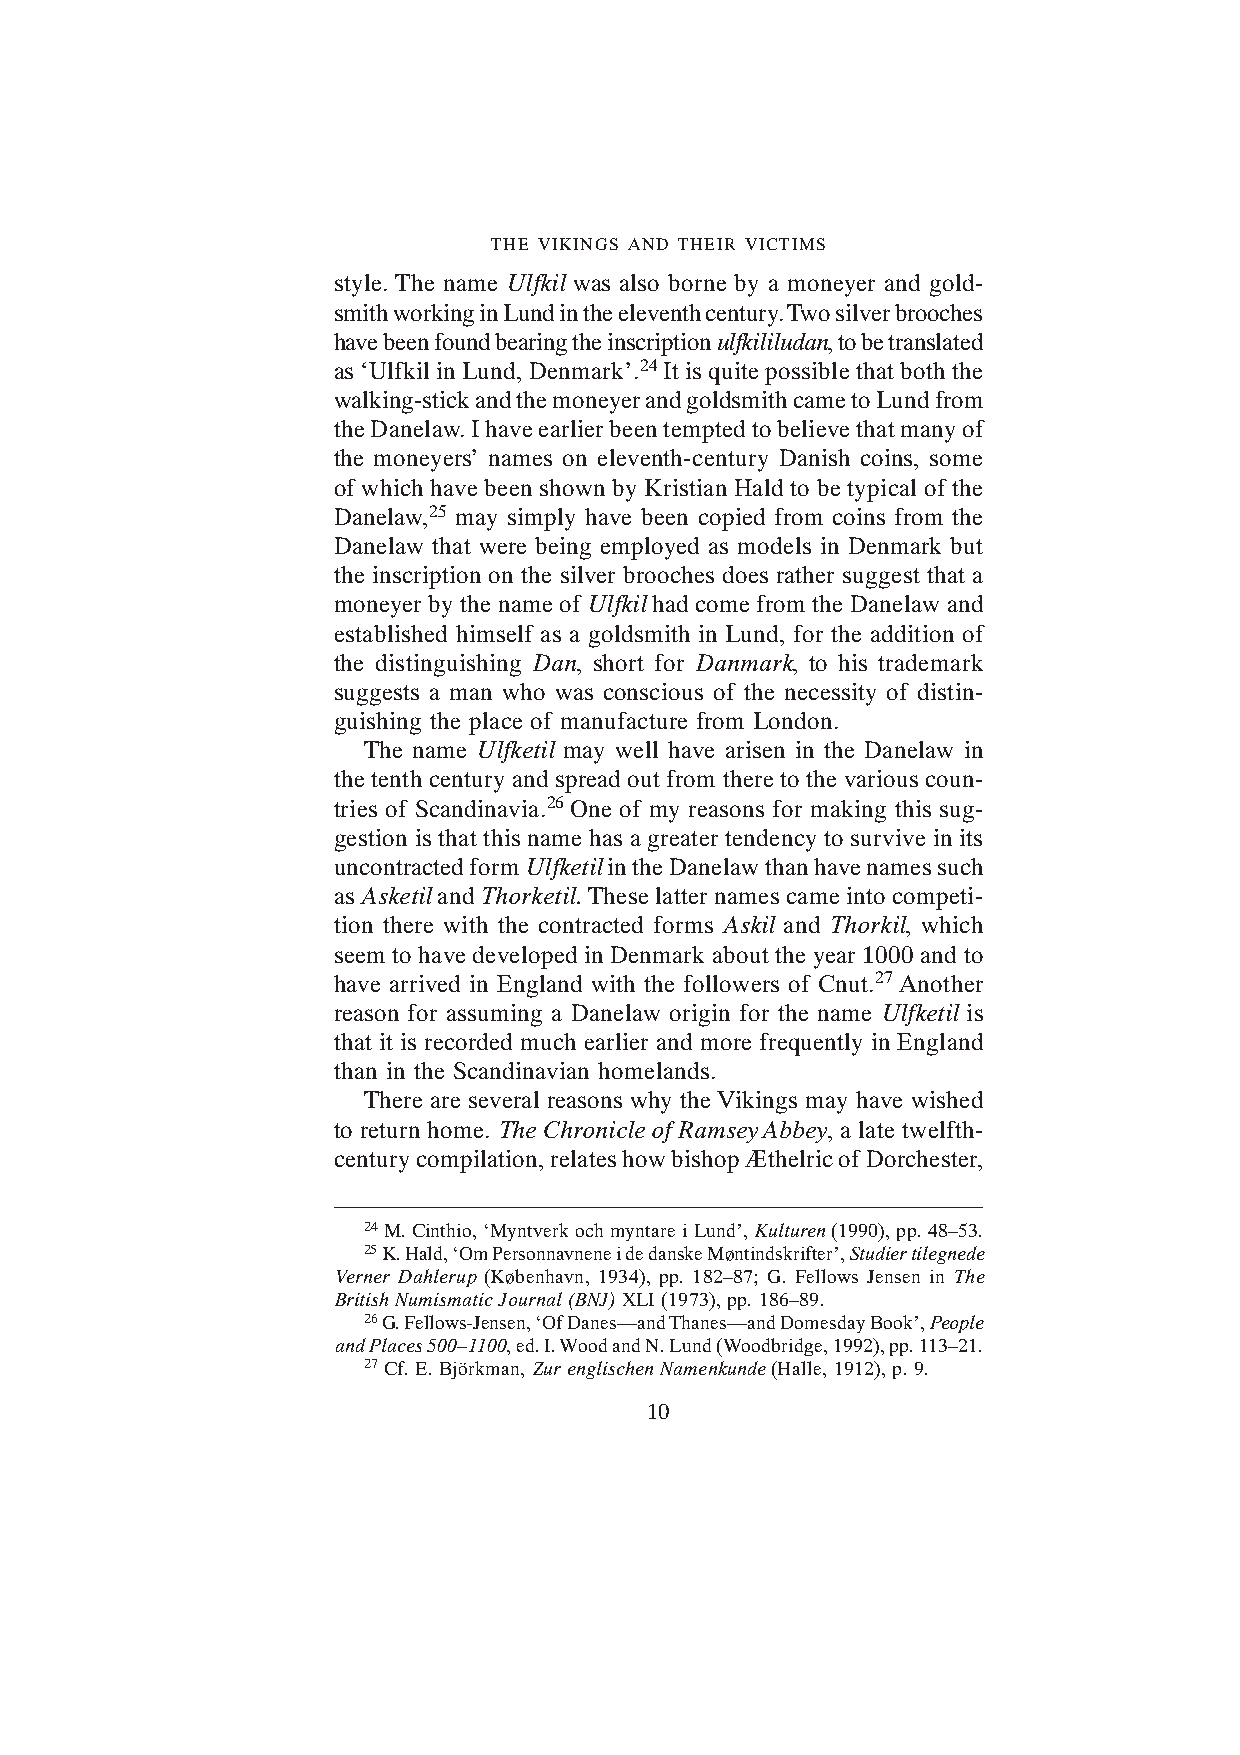
THE VIKINGS AND THEIR VICTIMS
 style. The name Ulfkil was also borne by a moneyer and gold-
 smith working in Lund in the eleventh century. Two silver brooches
 have been found bearing the inscription ulfkililudan, to be translated
 as ‘Ulfkil in Lund, Denmark’.24 It is quite possible that both the
 walking-stick and the moneyer and goldsmith came to Lund from
 the Danelaw. I have earlier been tempted to believe that many of
 the moneyers’ names on eleventh-century Danish coins, some
 of which have been shown by Kristian Hald to be typical of the
 Danelaw,25 may simply have been copied from coins from the
 Danelaw that were being employed as models in Denmark but
 the inscription on the silver brooches does rather suggest that a
 moneyer by the name of Ulfkil had come from the Danelaw and
 established himself as a goldsmith in Lund, for the addition of
 the distinguishing Dan, short for Danmark, to his trademark
 suggests a man who was conscious of the necessity of distin-
 guishing the place of manufacture from London.
 The name Ulfketil may well have arisen in the Danelaw in
 the tenth century and spread out from there to the various coun-
 tries of Scandinavia.26 One of my reasons for making this sug-
 gestion is that this name has a greater tendency to survive in its
 uncontracted form Ulfketil in the Danelaw than have names such
 as Asketil and Thorketil. These latter names came into competi-
 tion there with the contracted forms Askil and Thorkil, which
 seem to have developed in Denmark about the year 1000 and to
 have arrived in England with the followers of Cnut.27 Another
 reason for assuming a Danelaw origin for the name Ulfketil is
 that it is recorded much earlier and more frequently in England
 than in the Scandinavian homelands.
 There are several reasons why the Vikings may have wished
 to return home. The Chronicle of Ramsey Abbey, a late twelfth-
 century compilation, relates how bishop Æthelric of Dorchester,
 24 M. Cinthio, ‘Myntverk och myntare i Lund’, Kulturen (1990), pp. 48–53.
 25 K. Hald, ‘Om Personnavnene i de danske Møntindskrifter’, Studier tilegnede
 Verner Dahlerup (København, 1934), pp. 182–87; G. Fellows Jensen in The
 British Numismatic Journal (BNJ) XLI (1973), pp. 186–89.
 26 G. Fellows-Jensen, ‘Of Danes—and Thanes—and Domesday Book’, People
 and Places 500–1100, ed. I. Wood and N. Lund (Woodbridge, 1992), pp. 113–21.
 27 Cf. E. Björkman, Zur englischen Namenkunde (Halle, 1912), p. 9.
 10